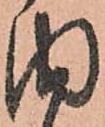
内